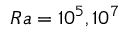
R a = 1 0 ^ { 5 } , 1 0 ^ { 7 }